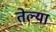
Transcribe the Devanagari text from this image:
तेल्या